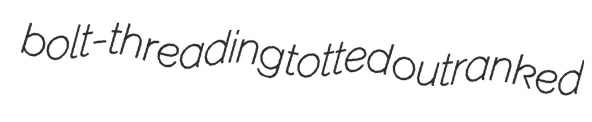
bolt-threading totted outranked